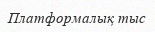
Платформалық тыс